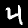
Label: 4